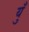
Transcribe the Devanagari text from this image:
युँ